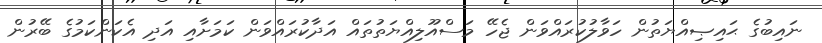
ނައިބުގެ ޙައިޞިއްޔަތުން ހަވާލުކުރައްވަން ޖެހޭ މަސްއޫލިއްޔަތުތައް އަދާކުރައްވަން ކަމަށާއި އަދި އެކަންކަމުގެ ބޭރުން